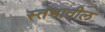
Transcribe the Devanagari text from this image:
स्तंभातील